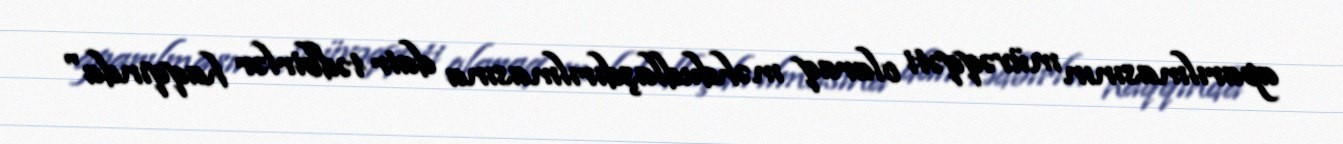
aparılmasının müvəqqəti olaraq məhdudlaşdırılmasına dair tədbirlər haqqında"